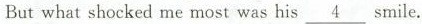
But what shocked me most was his \underline{4} smile.